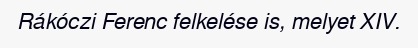
Rákóczi Ferenc felkelése is, melyet XIV.